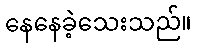
နေနေခဲ့သေးသည်။